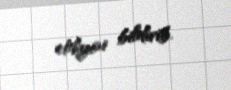
etdiyini bildirib.